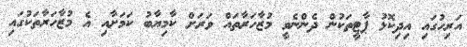
އަރިހުގައި އިދިކޮޅު ޕާޓީތަކުން ދެންނެވީ މުޒާހަރާތައް ވަރަށް ކާމިޔާބު ކަމަށާއި އެ މުޒާހަރާތަކުގައި